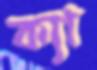
ক্যা